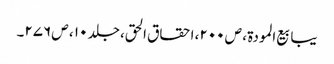
یبابیع المودۃ ، ص ۲۰۰، احقاق الحق، جلد ۱۰ ، ص ۲۷۶۔